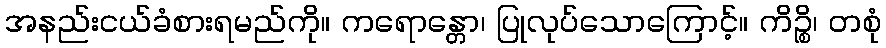
အနည်းငယ်ခံစားရမည်ကို။ ကရောန္တော၊ ပြုလုပ်သောကြောင့်။ ကိဉ္စိ၊ တစုံ